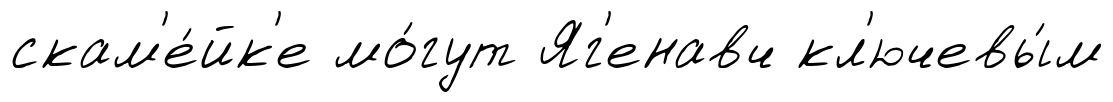
скам'е́йк'е мо́гут Яг'енавч кл'ючевы́м